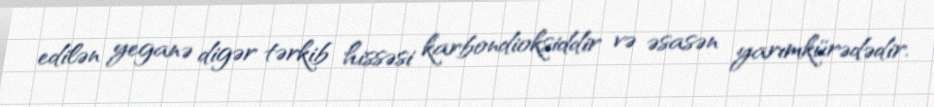
edilən yeganə digər tərkib hissəsi karbondioksiddir və əsasən yarımkürədədir.